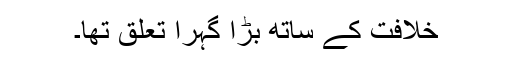
خلافت کے ساتھ بڑا گہرا تعلق تھا۔